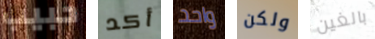
حبيب أكد واحد ولكن بالغين